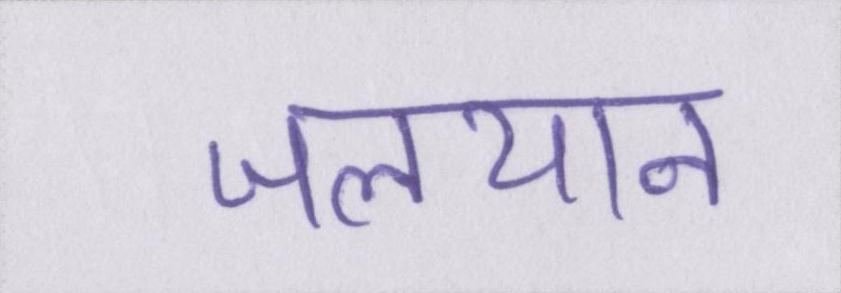
जलयान